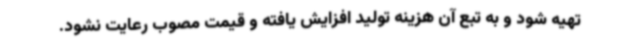
تهیه شود و به تبع آن هزینه تولید افزایش یافته و قیمت مصوب رعایت نشود.